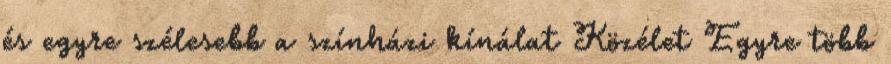
és egyre szélesebb a színházi kínálat Közélet Egyre több